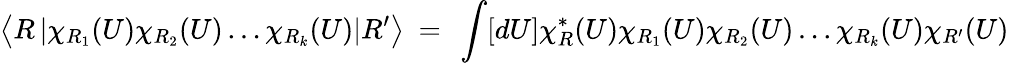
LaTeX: \left<R\left|\chi_{R_{1}}(U)\chi_{R_{2}}(U)\ldots\chi_{R_{k}}(U)\right|R^{\prime}\right>~=~\int[dU]\chi_{R}^{*}(U)\chi_{R_{1}}(U)\chi_{R_{2}}(U)\ldots\chi_{R_{k}}(U)\chi_{R^{\prime}}(U)